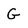
Character: G